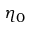
\eta _ { 0 }